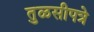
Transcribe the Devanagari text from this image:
तुळसीपत्रे